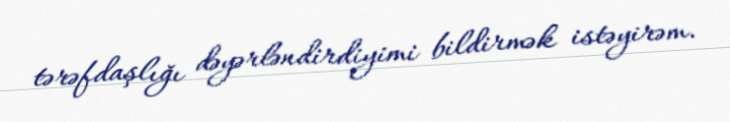
tərəfdaşlığı dəyərləndirdiyimi bildirmək istəyirəm.